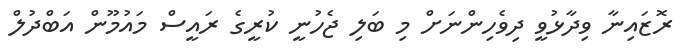
ރޮޒައިނާ ވިދާޅުވީ ދިވެހިންނަށް މި ބަލި ޖެހުނީ ކުރީގެ ރައީސް މައުމޫން އަބްދުލް